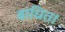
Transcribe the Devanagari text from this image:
बाधित।